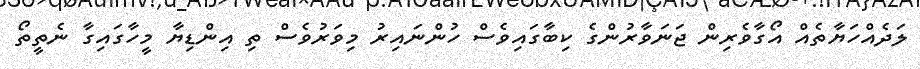
ލަދެއްހަޔާތެއް އޯގާވެރިން ޖަނަވާރުންގެ ކިބާގައިވެސް ހުންނައިރު މިވަރުވެސް ތި އިންޑިޔާ މީހާގައިގާ ނެތީތޯ